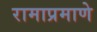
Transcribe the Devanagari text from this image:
रामाप्रमाणे